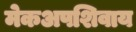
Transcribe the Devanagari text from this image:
मेकअपशिवाय